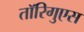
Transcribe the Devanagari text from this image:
तॉरिगुएस